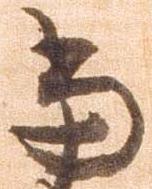
当